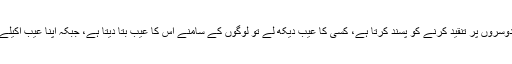
تنقید سننا پسند نہیں ہے: خود دوسروں پر تنقید کرنے کو پسند کرتا ہے، کسی کا عیب دیکھ لے تو لوگوں کے سامنے اس کا عیب بتا دیتا ہے، جبکہ اپنا عیب اکیلے میں بھی سننا پسند نہیں کرتا۔